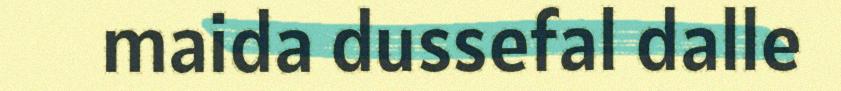
maida dussefal dalle